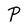
Character: P